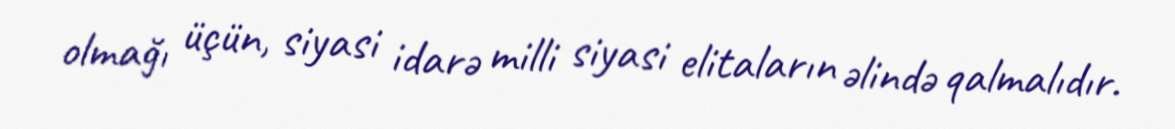
olmağı üçün, siyasi idarə milli siyasi elitaların əlində qalmalıdır.